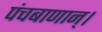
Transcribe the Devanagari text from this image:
पंचबाणान्‌।